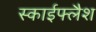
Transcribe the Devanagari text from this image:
स्काईफ्लैश